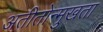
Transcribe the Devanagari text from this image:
अतीतोन्मुखता